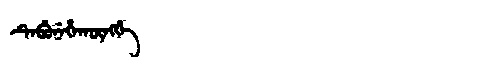
Manchu: ᡨᡝᠪᡠᠨᡝᡥᠠᡴᡡᠩᡤᡝ
Romanization: TEBUNEHAKŪNGGE